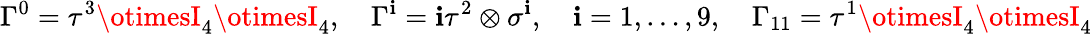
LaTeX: \Gamma^{0}=\tau^{3}\otimesI_{4}\otimesI_{4},\quad\Gamma^{\mathbf{i}}=\mathbf{i}\tau^{2}\otimes\sigma^{\mathbf{i}},\quad\mathbf{i}=1,\dots,9,\quad\Gamma_{11}=\tau^{1}\otimesI_{4}\otimesI_{4}